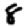
Digit: 8